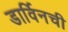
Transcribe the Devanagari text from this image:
डार्विनची